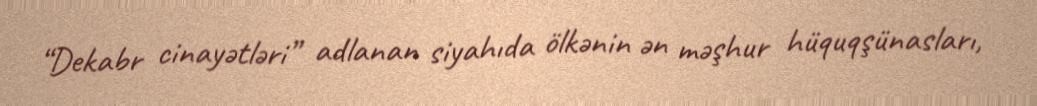
“Dekabr cinayətləri” adlanan siyahıda ölkənin ən məşhur hüquqşünasları,